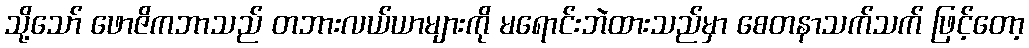
သို့သော် ဖောဇိကဘာသည် တဘားလယ်ယာများကို မရောင်းဘဲထားသည်မှာ စေတနာသက်သက် ဖြင့်တော့